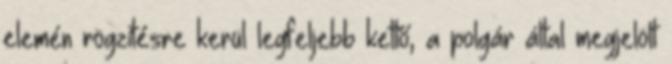
elemén rögzítésre kerül legfeljebb kettő, a polgár által megjelölt